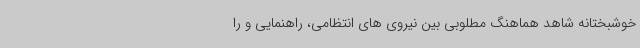
خوشبختانه شاهد هماهنگ مطلوبی بین نیروی های انتظامی، راهنمایی و را